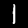
Digit: 1